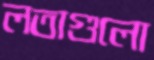
লতাগুলো